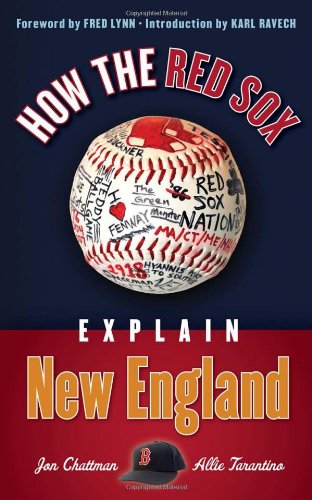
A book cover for How the Red Sox Explain New England; Jon Chattman; Travel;